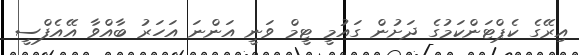
އިރޭގެ ކެޕްޓަންކަމުގެ ދަށުން ގައުމީ ޓީމް ވަނީ އަންނަ އަހަރު ބާއްވާ އޭއެފްސީ